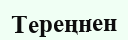
Тереңнен